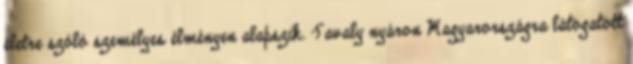
életre szóló személyes élményen alapszik. Tavaly nyáron Magyarországra látogatott